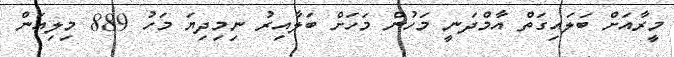
މީރާއަށް ބަލައިގަތް އާމްދަނީ މަހުން މަހަށް ބަލާއިރު ނިމިދިޔަ މަހު 889 މިލިއަން